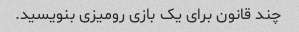
چند قانون برای یک بازی رومیزی بنویسید.